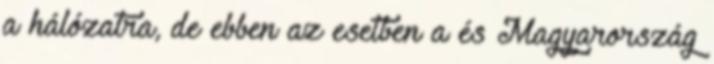
a hálózatra, de ebben az esetben a és Magyarország